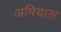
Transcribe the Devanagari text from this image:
अमियास